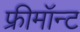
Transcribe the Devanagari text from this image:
फ्रीमॉन्‍ट